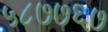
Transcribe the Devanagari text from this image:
५८७७६७